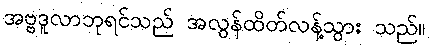
အဗ္ဗဒူလာဘုရင်သည် အလွန်ထိတ်လန့်သွား သည်။